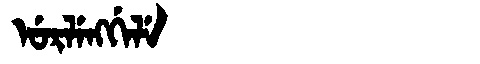
Manchu: ᡠᡵᠯᡝᠩᡤᡝᠯᡝ
Romanization: URLENGGELE